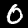
Digit: 0